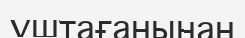
үштағанынан